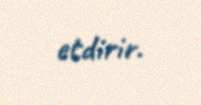
etdirir.